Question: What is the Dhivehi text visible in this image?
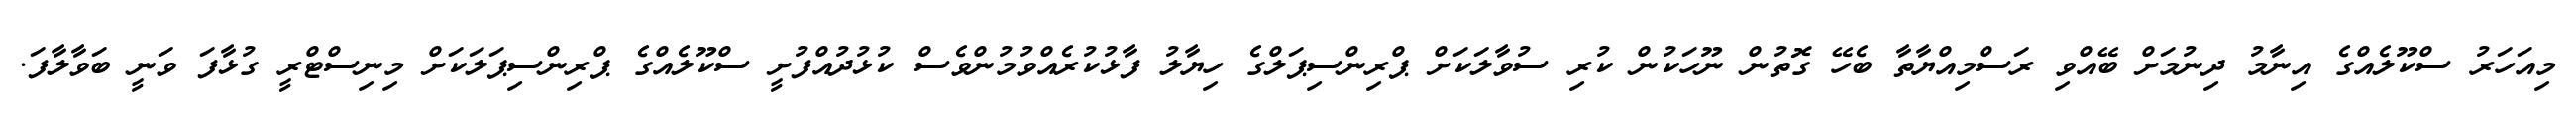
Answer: މިއަހަރު ސްކޫލެއްގެ އިނާމު ދިނުމަށް ބޭއްވި ރަސްމިއްޔާތާ ބެހޭ ގޮތުން ނޫހަކުން ކުރި ސުވާލަކަށް ޕްރިންސިޕަލްގެ ހިޔާލު ފާޅުކުރެއްވުމުންވެސް ކުޅުދުއްފުށީ ސްކޫލެއްގެ ޕްރިންސިޕަލަކަށް މިނިސްޓްރީ ގުޅާފަ ވަނީ ބަވާލާފަ.